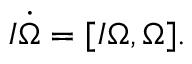
\begin{array} { r } { I \dot { \boldsymbol \Omega } = [ I { \boldsymbol \Omega } , { \boldsymbol \Omega } ] . } \end{array}